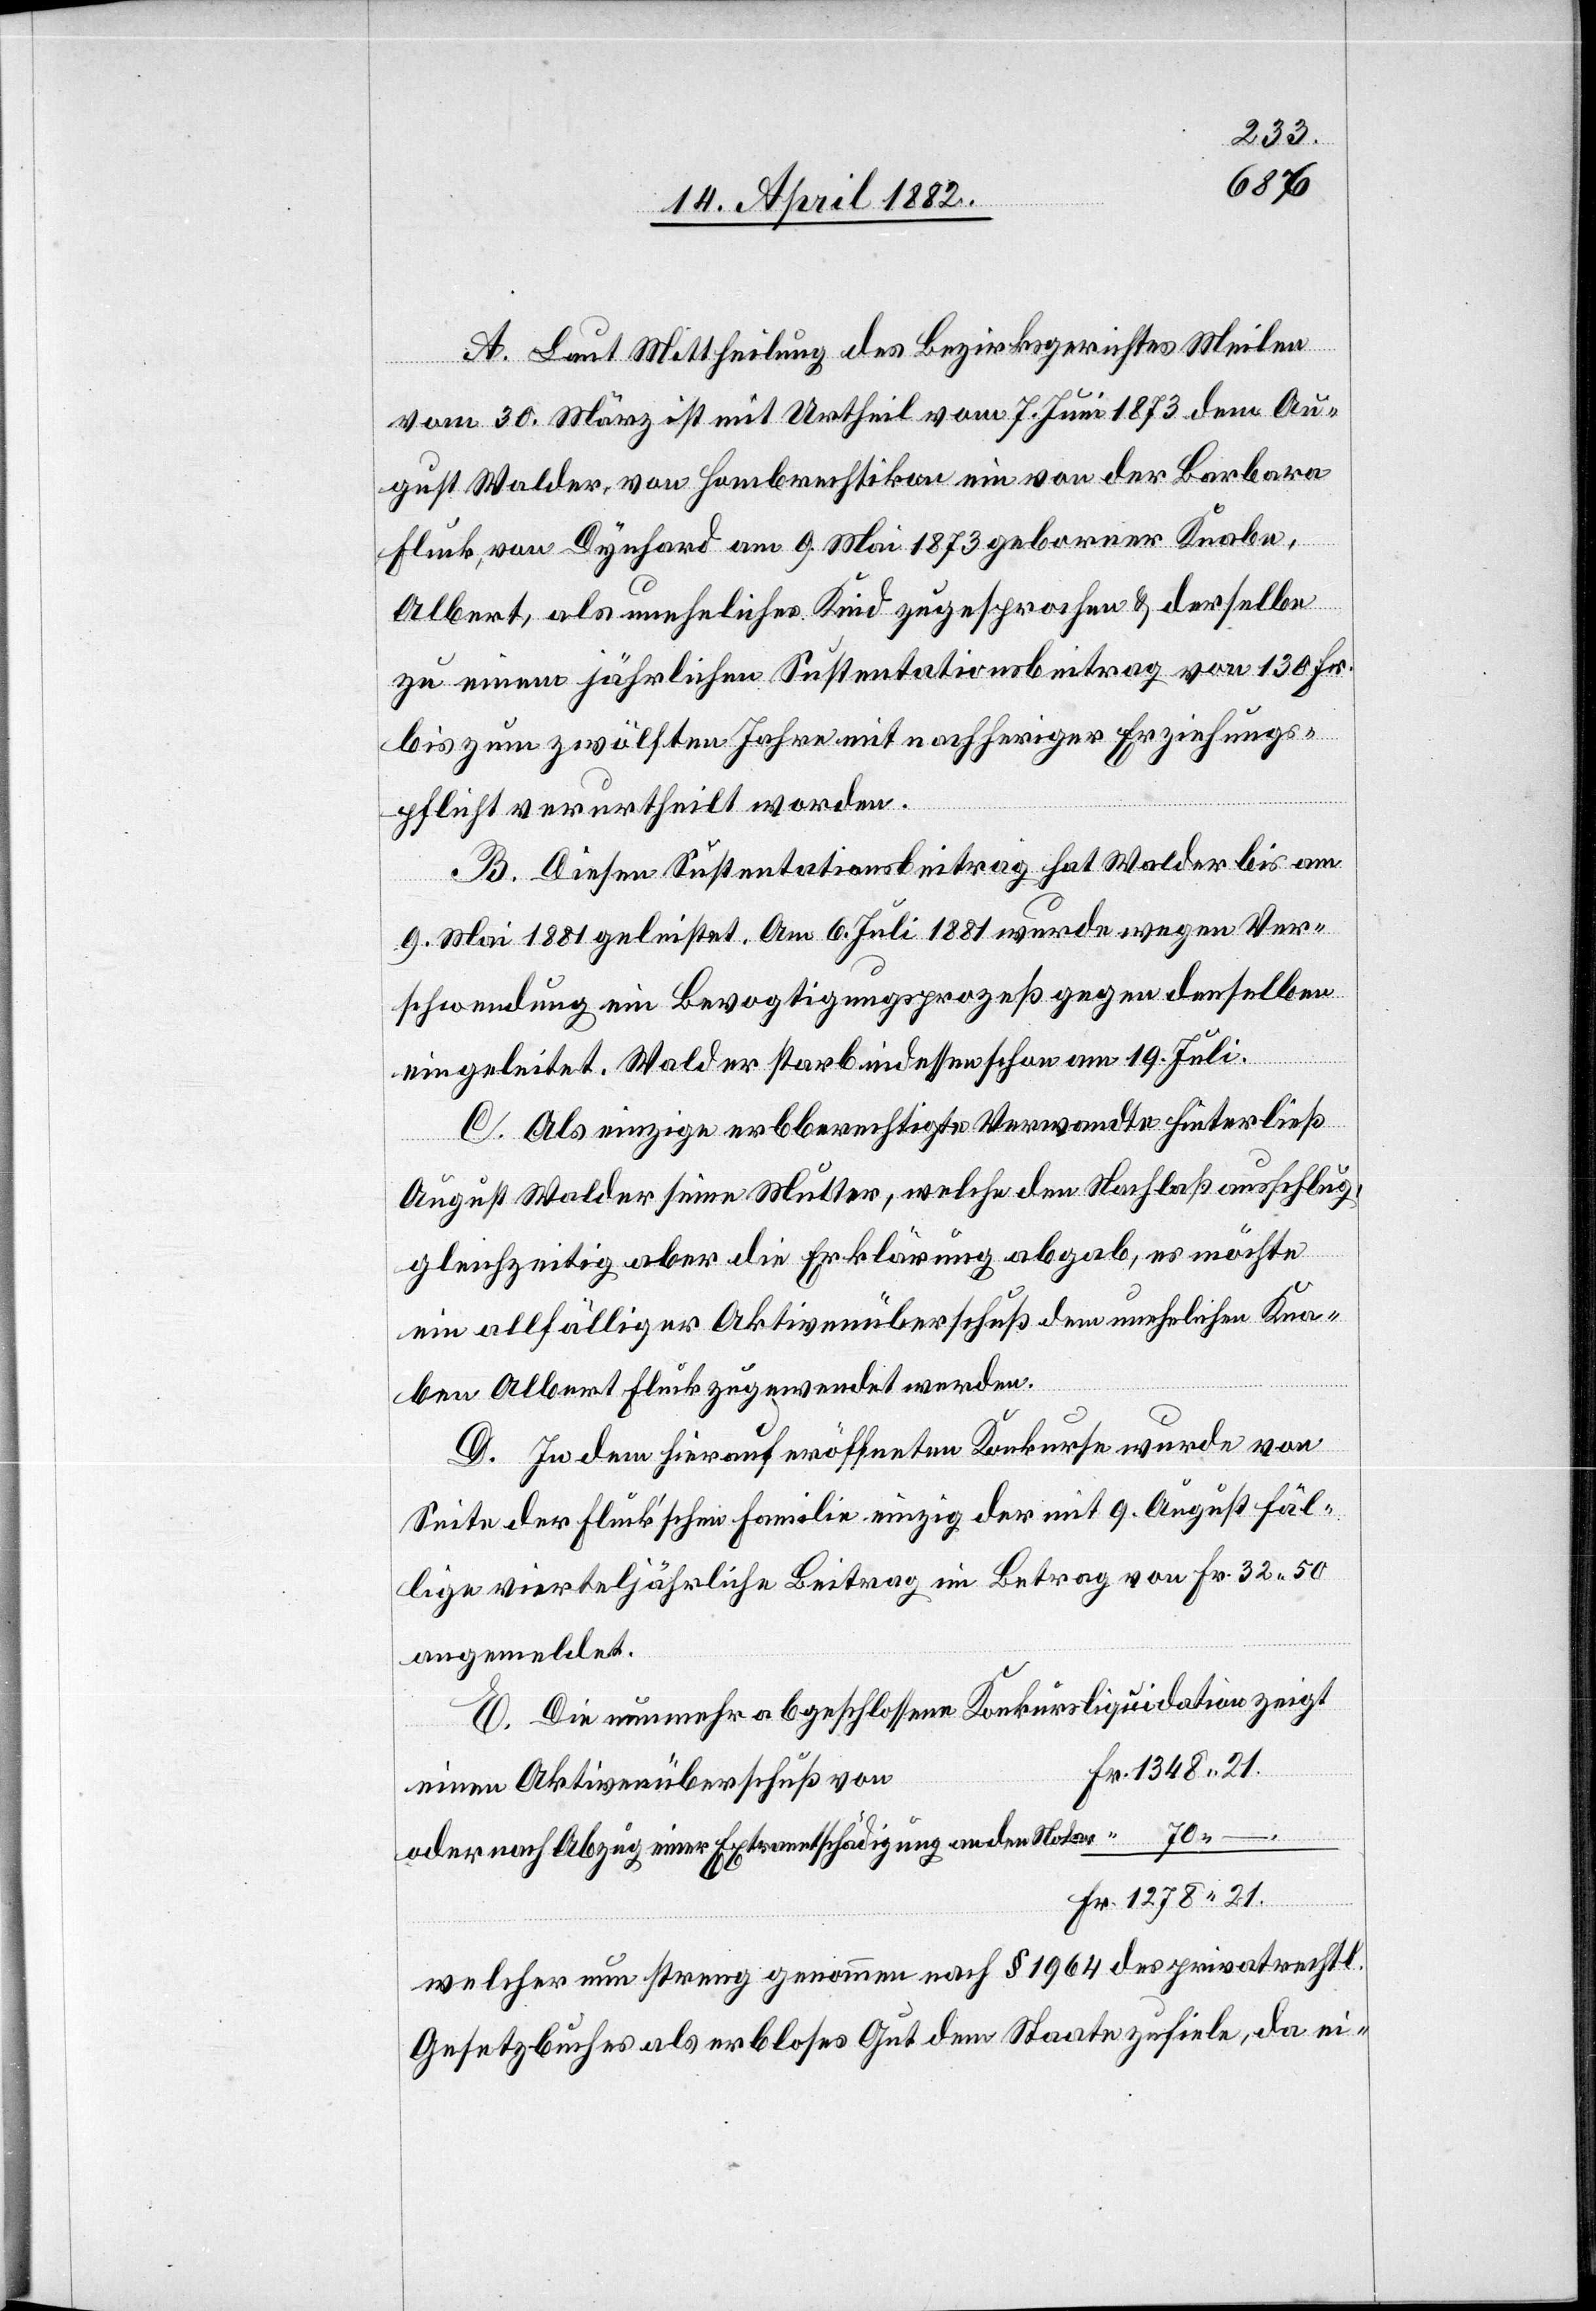
A. Laut Mittheilung des Bezirksgerichtes Meilen
vom 30. März ist mit Urtheil vom 7. Juni 1873 dem Au¬
gust Walder, von Hombrechtikon ein von der Barbara
Fluck, von Dynhard am 9. Mai 1873 geborner Knabe,
Albert, als uneheliches Kind zugesprochen & derselbe
zu einem jährlichen Sustentationsbeitrag von 130 Fr.
bis zum zwölften Jahre mit nachheriger Erziehungs¬
pflicht verurtheilt worden.
B. Diesen Sustentationsbeitrag hat Walder bis am
9. Mai 1881 geleistet. Am 6. Juli 1881 wurde wegen Ver¬
schwendung ein Bevogtigungsprozeß gegen denselben
eingeleitet. Walder starb indessen schon am 19. Juli.
C. Als einzige erbberechtigte Verwandte hinterließ
August Walder seine Mutter, welche den Nachlaß ausschlug,
gleichzeitig aber die Erklärung abgab, es möchte
ein allfälliger Aktivenüberschuß dem unehelichen Kna¬
ben Albert Fluck zugewendet werden.
D. In dem hierauf eröffneten Konkurse wurde von
Seite der Fluck’schen Familie einzig der mit 9. August fäl¬
lige vierteljährliche Beitrag im Betrag von Fr. 32 50
angemeldet.
E. Die nunmehr abgeschlossene Konkursliquidation zeigt
Fr. 1348 21.
einen Aktivenüberschuß von
oder nach Abzug einer Extraentschädigung an den Notar
Fr. 1278 21.
welcher nun streng genommen nach § 1964 des privatrechtl.
Gesetzbuches als erbloses Gut dem Staate zufiele, da ei-